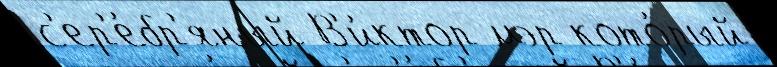
с'ер'е́бр'яный В'и́ктор мэр кото́рый